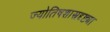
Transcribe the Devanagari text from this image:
ज्योतिषशास्त्रदृष्ट्या